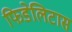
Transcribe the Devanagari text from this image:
फिडेलिटास